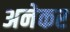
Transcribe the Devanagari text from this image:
अनेकर